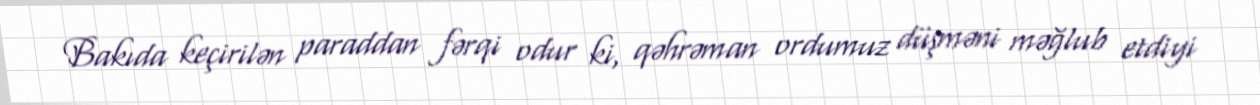
Bakıda keçirilən paraddan fərqi odur ki, qəhrəman ordumuz düşməni məğlub etdiyi